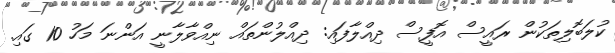
ކުލަބޮލިތަކުން ރައީސް އޮފީސް ދިއްލާފައި: ދިއްލުންތައް ނިއްވާލާނީ އަންނަ މަހު 10 ގައި.